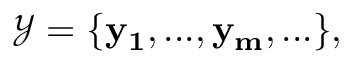
\begin{array} { r } { \mathcal { Y } = \{ \mathbf { y _ { 1 } } , . . . , \mathbf { y _ { m } } , . . . \} , } \end{array}